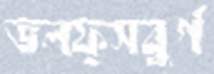
ভলফ্সবুর্গ